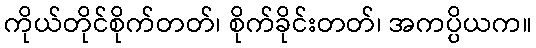
ကိုယ်တိုင်စိုက်တတ်၊ စိုက်ခိုင်းတတ်၊ အကပ္ပိယက။